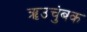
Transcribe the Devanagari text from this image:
ॠउचुंबक